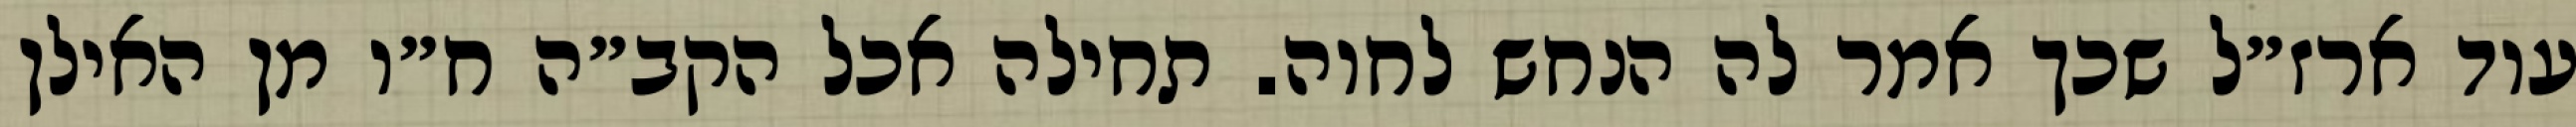
עוד ארז״ל שכך אמר לה הנחש לחוה. תחילה אכל הקב״ה ח״ו מן האילן